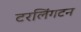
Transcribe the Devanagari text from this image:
टरलिंगटन